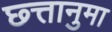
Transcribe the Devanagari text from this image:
छ्त्तानुमा